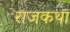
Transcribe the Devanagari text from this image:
राजकथा